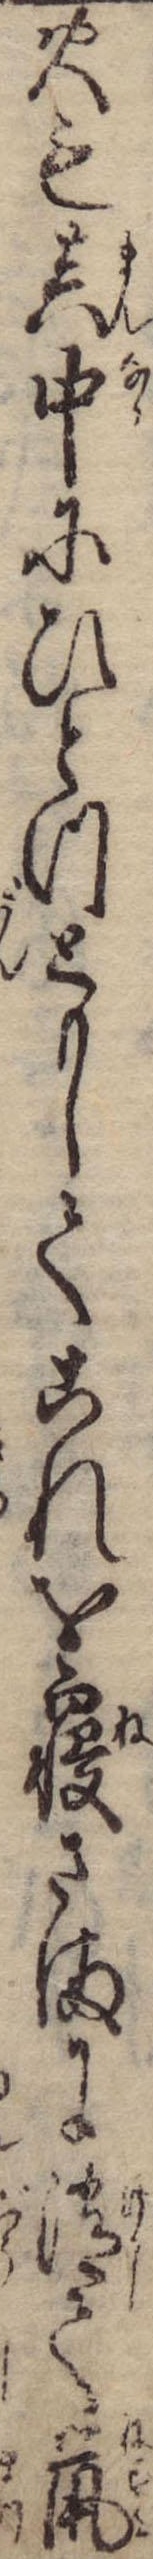
火も真中にひとつともしてこれを寝さまに消て鼠